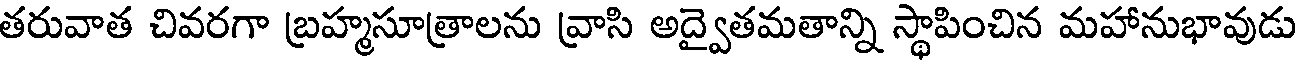
తరువాత చివరగా బ్రహ్మసూత్రాలను వ్రాసి అద్వైతమతాన్ని స్థాపించిన మహానుభావుడు